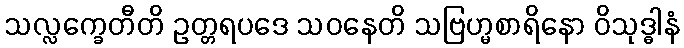
သလ္လက္ခေတီတိ ဥတ္တရပဒေ သဝနေတိ သဗြဟ္မစာရိနော ဝိသုဒ္ဓါနံ